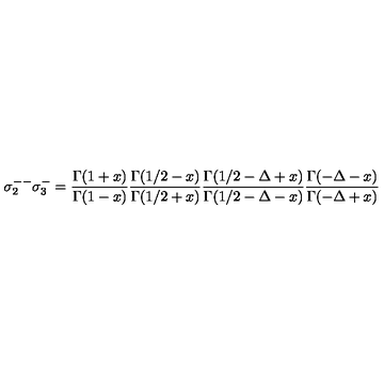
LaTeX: \sigma _ { 2 } ^ { -- } \sigma _ { 3 } ^ { - } = { \frac { \Gamma ( 1 + x ) } { \Gamma ( 1 - x ) } } { \frac { \Gamma ( 1 / 2 - x ) } { \Gamma ( 1 / 2 + x ) } } { \frac { \Gamma ( 1 / 2 - \Delta + x ) } { \Gamma ( 1 / 2 - \Delta - x ) } } { \frac { \Gamma ( - \Delta - x ) } { \Gamma ( - \Delta + x ) } }